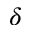
\delta